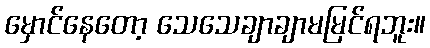
မှောင်နေတော့ သေသေချာချာမမြင်ရဘူး။